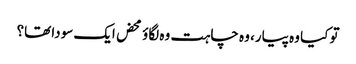
تو کیا وہ پیار، وہ چاہت وہ لگاؤ محض ایک سودا تھا؟